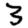
Digit: 3